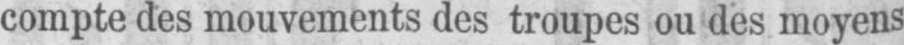
compte des mouvements des troupes ou des moyens